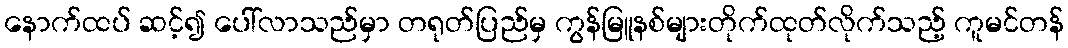
နောက်ထပ် ဆင့်၍ ပေါ်လာသည်မှာ တရုတ်ပြည်မှ ကွန်မြူနစ်များတိုက်ထုတ်လိုက်သည့် ကူမင်တန်